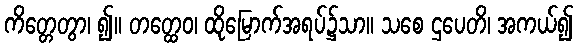
ကိတ္တေတွာ၊ ၍။ တတ္ထေဝ၊ ထိုမြောက်အရပ်၌သာ။ သစေ ဌပေတိ၊ အကယ်၍